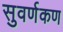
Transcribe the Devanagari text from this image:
सुवर्णकण